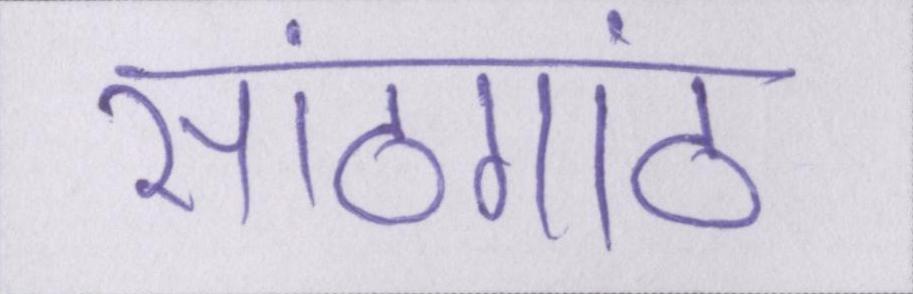
सांठगांठ